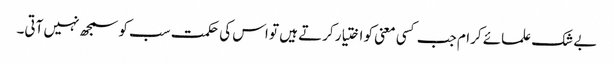
بے شک علمائے کرام جب کسی معنی کو اختیار کرتے ہیں تو اس کی حکمت سب کو سمجھ نہیں آتی۔